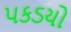
પકડયો